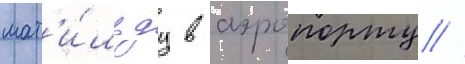
мат'и́льду в аэропорту //